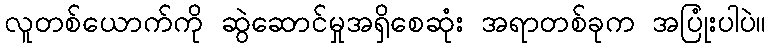
လူတစ်ယောက်ကို ဆွဲဆောင်မှုအရှိစေဆုံး အရာတစ်ခုက အပြုံးပါပဲ။